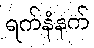
ရက်နံနက်